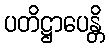
ပတိဋ္ဌာပေန္တိ